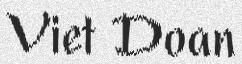
Viet Doan